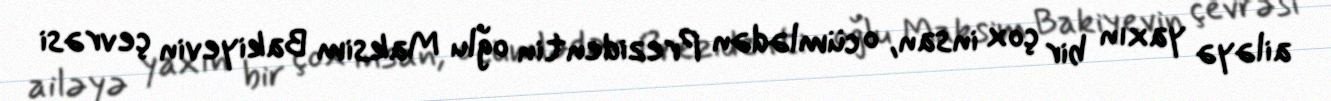
ailəyə yaxın bir çox insan, o cümlədən Prezidentin oğlu Maksim Bakiyevin çevrəsi